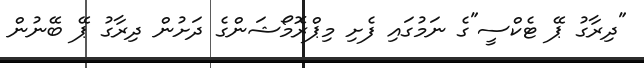
"ދިރާގު ޕޭ ޓެކްސީ"ގެ ނަމުގައި ފެށި މިޕްރޮމޯޝަންގެ ދަށުން ދިރާގު ޕޭ ބޭނުން